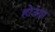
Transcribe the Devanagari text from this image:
होउंगा